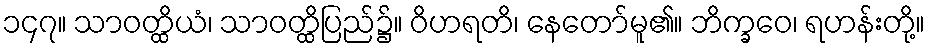
၁၄၇။ သာဝတ္ထိယံ၊ သာဝတ္ထိပြည်၌။ ဝိဟရတိ၊ နေတော်မူ၏။ ဘိက္ခဝေ၊ ရဟန်းတို့။